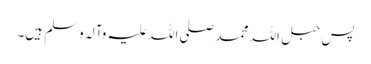
پس حبل اللہ محمد صلی اللہ علیہ وآلہ وسلم ہیں۔